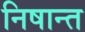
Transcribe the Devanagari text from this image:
निषान्त